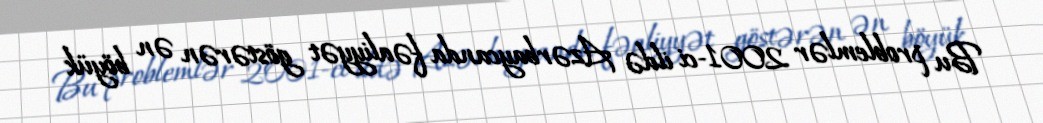
Bu problemlər 2001-ci ildə Azərbaycanda fəaliyyət göstərən ən böyük